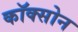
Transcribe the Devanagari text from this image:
कॉक्सोन